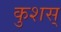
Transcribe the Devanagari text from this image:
कुशस्